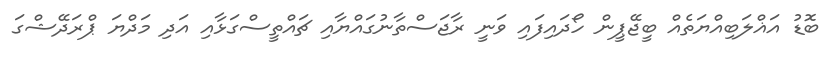
ބޮޑު އަޣްލަބިއްޔަތެއް ބީޖޭޕީން ހޯދައިފައި ވަނީ ރާޖަސްތާނުގައްޔާއި ޗައްތީސްގަޅާއި އަދި މަދްޔަ ޕްރަދޭޝްގަ